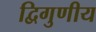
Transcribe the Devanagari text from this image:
द्विगुणीय